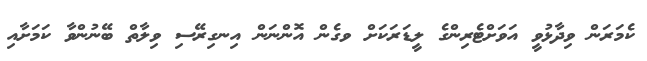
ކެމަރަން ވިދާޅުވީ އަވަށްޓެރިންގެ ލީޑަރަކަށް ވގެން އޮންނަން އިނގިރޭސި ވިލާތް ބޭނުންވާ ކަމަށާއި